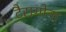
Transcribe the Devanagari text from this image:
टैरागोना